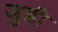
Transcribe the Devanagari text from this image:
जुडी